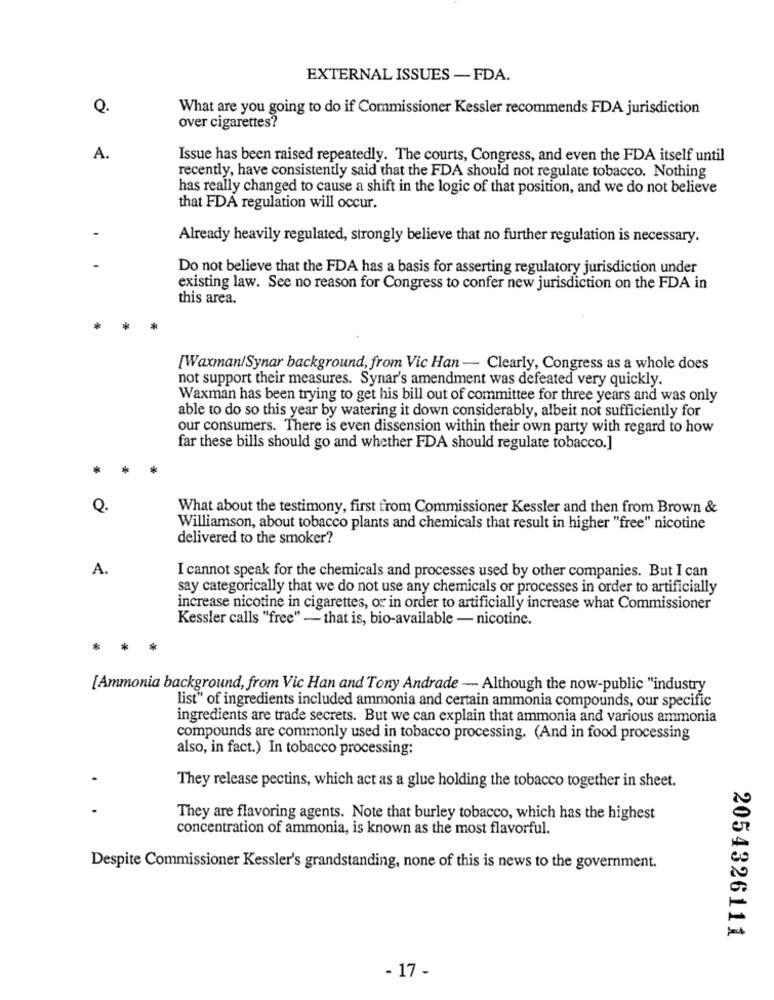
EXTERNAL ISSUES -FDA.
Q.
What are you going to do if Commissioner Kessler recommends FDA jurisdiction
over cigarettes?
A.
Issue has been raised repeatedly. The courts, Congress, and even the FDA itself until
recently, have consistently said that the FDA should not regulate tobacco. Nothing
has really changed to cause a shift in the logic of that position, and we do not believe
that FDA regulation will occur.
Already heavily regulated, strongly believe that no further regulation is necessary.
Do not believe that the FDA has a basis for asserting regulatory jurisdiction under
existing law. See no reason for Congress to confer new jurisdiction on the FDA in
this area.
[Waxman/Synar background, from Vic Han - Clearly, Congress as a whole does
not support their measures. Synar's amendment was defeated very quickly.
Waxman has been trying to get his bill out of committee for three years and was only
able to do so this year by watering it down considerably, albeit not sufficiently for
our consumers. There is even dissension within their own party with regard to how
far these bills should go and whether FDA should regulate tobacco.]
Q.
What about the testimony, first from Commissioner Kessler and then from Brown &
Williamson, about tobacco plants and chemicals that result in higher "free" nicotine
delivered to the smoker?
A.
I cannot speak for the chemicals and processes used by other companies. But I can
say categorically that we do not use any chemicals or processes in order to artificially
increase nicotine in cigarettes, or in order to artificially increase what Commissioner
Kessler calls "free" - that is, bio-available - nicotine.
*
*
*
[Ammonia background, from Vic Han and Tony Andrade - Although the now-public "industry
list" of ingredients included ammonia and certain ammonia compounds, our specific
ingredients are trade secrets. But we can explain that ammonia and various ammonia
compounds are commonly used in tobacco processing. (And in food processing
also, in fact.) In tobacco processing:
They release pectins, which act as a glue holding the tobacco together in sheet.
They are flavoring agents. Note that burley tobacco, which has the highest
concentration of ammonia, is known as the most flavorful.
Despite Commissioner Kessler's grandstanding, none of this is news to the government.
2054326111
- 17 -